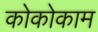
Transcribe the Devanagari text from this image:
कोकोकाम